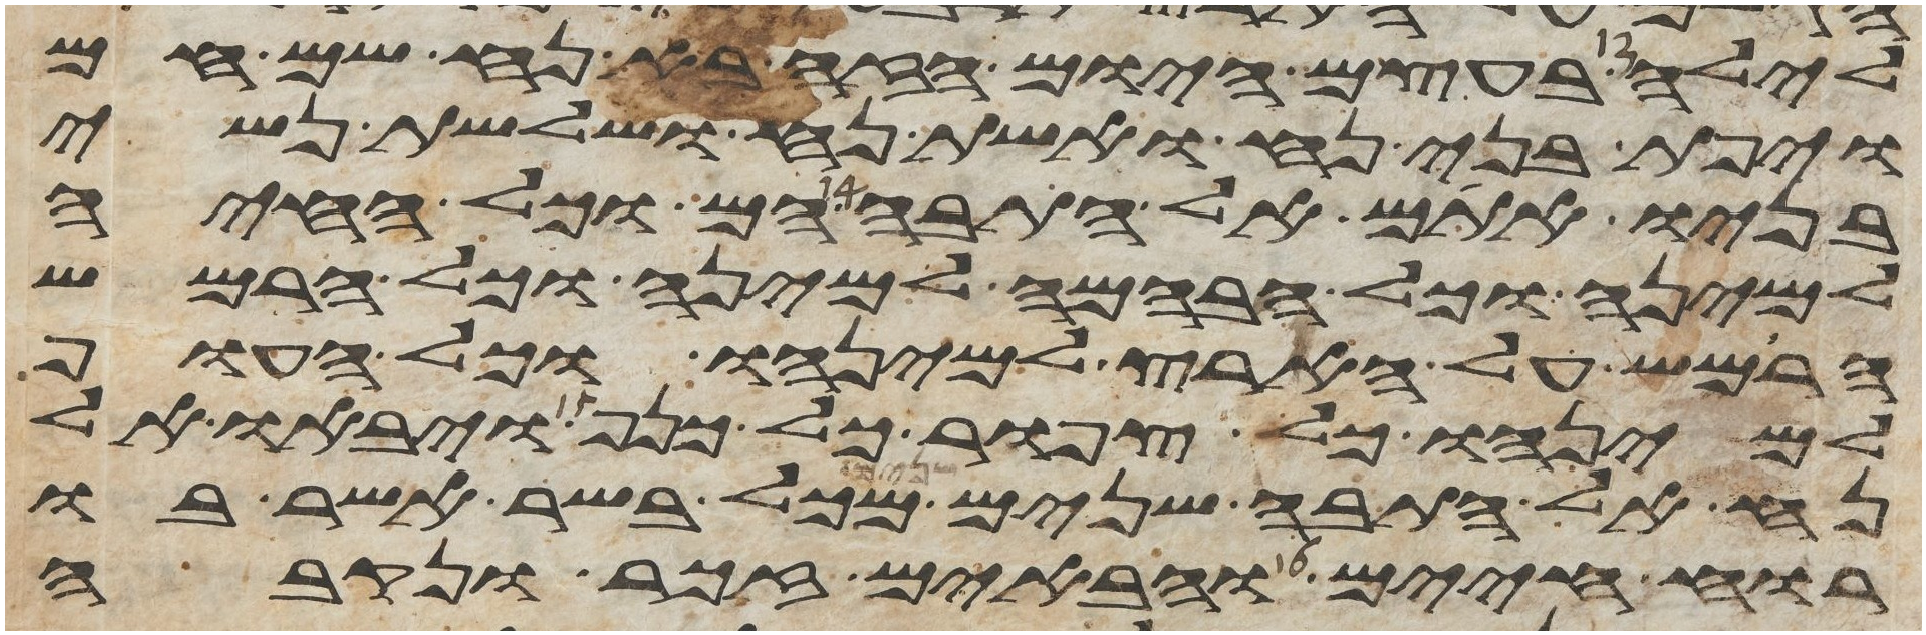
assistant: לילה בעצם היום הזה בא נח שם חם
ויפת בני נח ואשת נח ושלשת נשי
בניו אתם אל התבה הם וכל החיה
למינה וכל הבהמה למינה וכל הרמש
הרמש על הארץ למינהו וכל העוף
למינהו כל צפור כל כנף ויבאו אל
נח אל התבה שנים שנים מכל בשר אשר בו
רוח חיים והבאים זכר ונקבה